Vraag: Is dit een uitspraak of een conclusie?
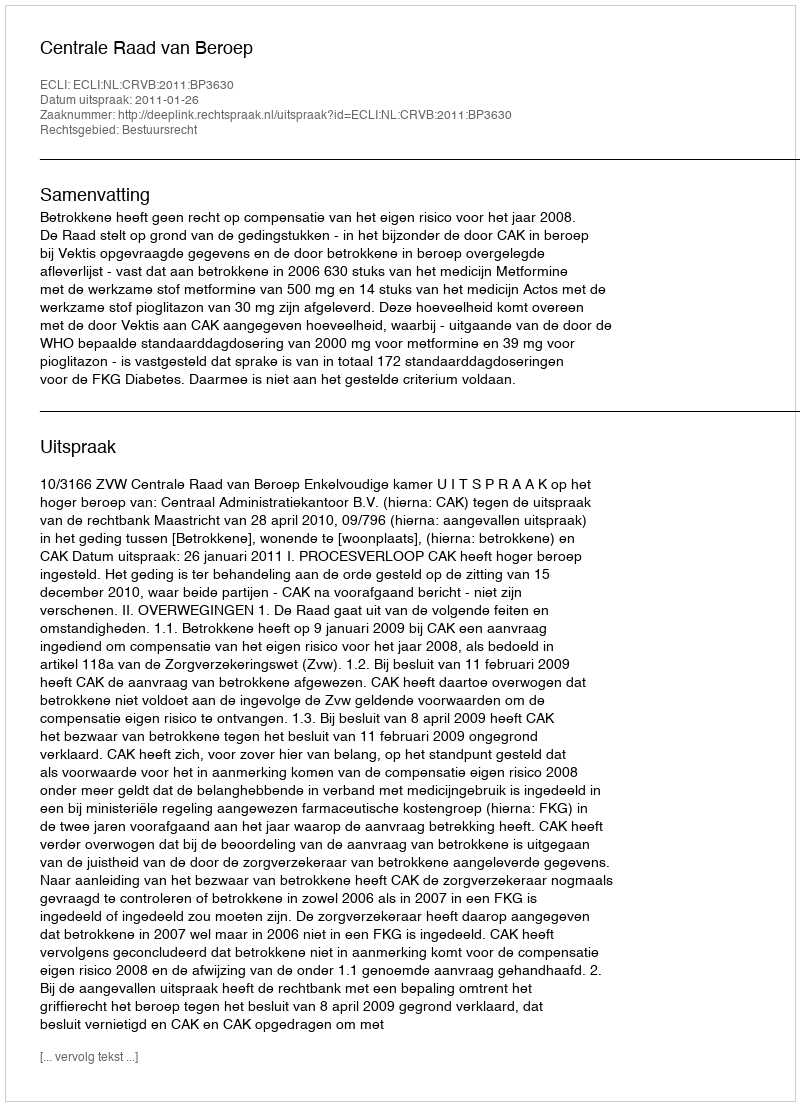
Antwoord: Uitspraak